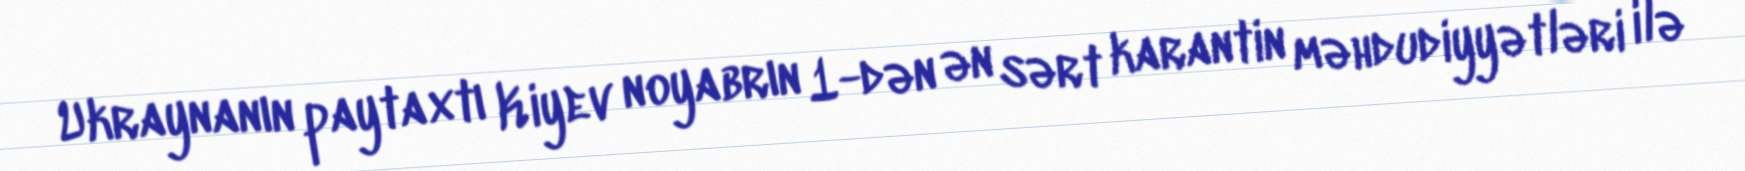
Ukraynanın paytaxtı Kiyev noyabrın 1-dən ən sərt karantin məhdudiyyətləri ilə